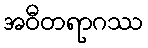
အဝီတရာဂဿ